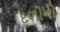
દળોનો